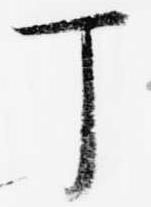
丁